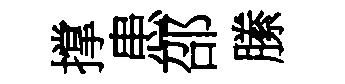
撑患邵縢